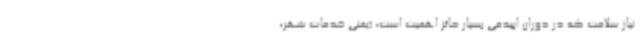
نیاز سلامت که در دوران اپیدمی بسیار حائز اهمیت است، (یعنی خدمات شهر،